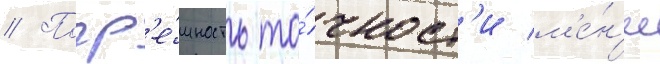
// Погр'е́шность то́чност'и м'е́н'ее